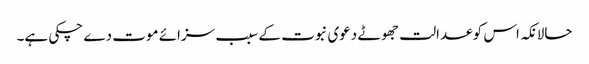
حالانکہ اس کو عدالت جھوٹے دعوی نبوت کے سبب سزائے موت دے چکی ہے۔